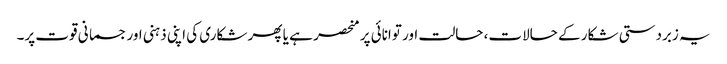
یہ زبردستی شکار کے حالات، حالت اور توانائی پر منحصر ہے یا پھر شکاری کی اپنی ذہنی اور جسمانی قوت پر۔